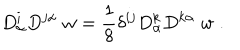
D _ { \alpha } ^ { i } D ^ { j \alpha } \; w = { \frac { 1 } { 8 } } \delta ^ { i j } D _ { \alpha } ^ { k } D ^ { k \alpha } \; w \; .